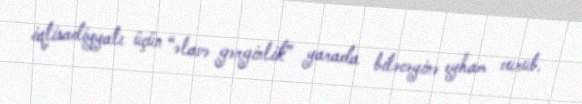
iqtisadiyyatı üçün “əlavə gərginlik” yarada biləcəyinə eyham vurub.